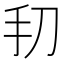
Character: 𫼔